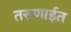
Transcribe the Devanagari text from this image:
तरुणाईत